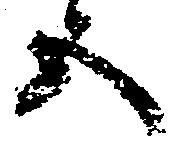
五